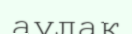
аулак